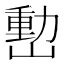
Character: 𡼉